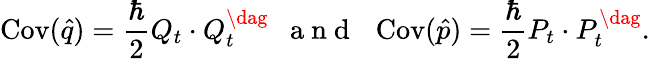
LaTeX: \operatorname{Cov}(\hat{q})=\frac{\hbar}{2}Q_{t}\cdot Q_{t}^{\dag}\mathrm{~\ \ a~n~d~\ \ }\operatorname{Cov}(\hat{p})=\frac{\hbar}{2}P_{t}\cdot P_{t}^{\dag}.